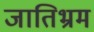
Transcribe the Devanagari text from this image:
जातिभ्रम